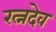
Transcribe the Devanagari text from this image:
रत्नदेव